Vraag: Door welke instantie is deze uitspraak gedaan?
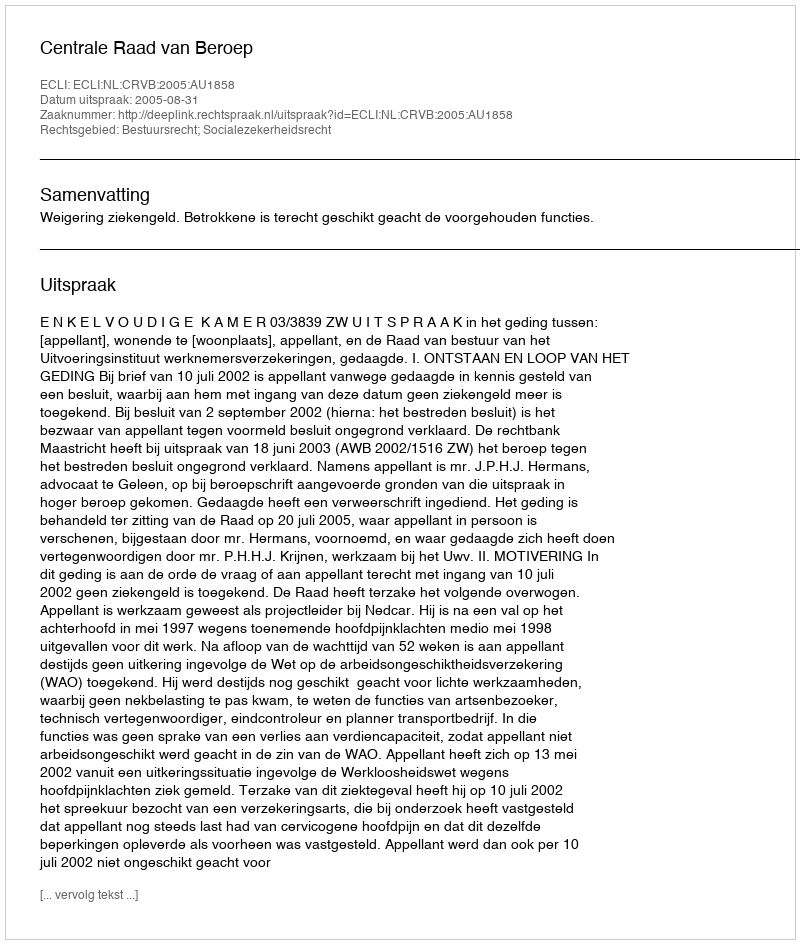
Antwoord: Centrale Raad van Beroep